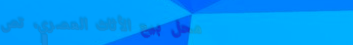
محل بيع الأثاث العصري، تص